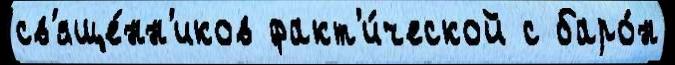
св'яще́нн'иков факт'и́ческой с баро́н